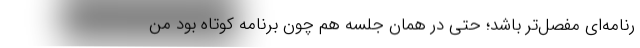
رنامه‌ای مفصل‌تر باشد؛ حتی در همان جلسه هم چون برنامه کوتاه بود من